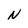
Character: N